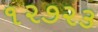
૧૨૭૨૩